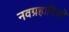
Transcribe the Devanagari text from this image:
नवग्रहादिकों